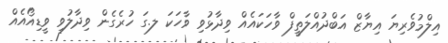
އިލްމުވެރިޔަަ އިޔާޒް އަބްދުއްލަތީފް ވާހަކައެއް ވިދާޅުވި ވާހަކަ ލ.ގަ ހުރެގެން ވިދާލުވި ވީޑިއޯއެއް